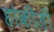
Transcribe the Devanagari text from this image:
होकीजी